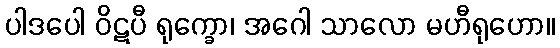
ပါဒပေါ ဝိဋပီ ရုက္ခော၊ အဂေါ သာလော မဟီရုဟော။